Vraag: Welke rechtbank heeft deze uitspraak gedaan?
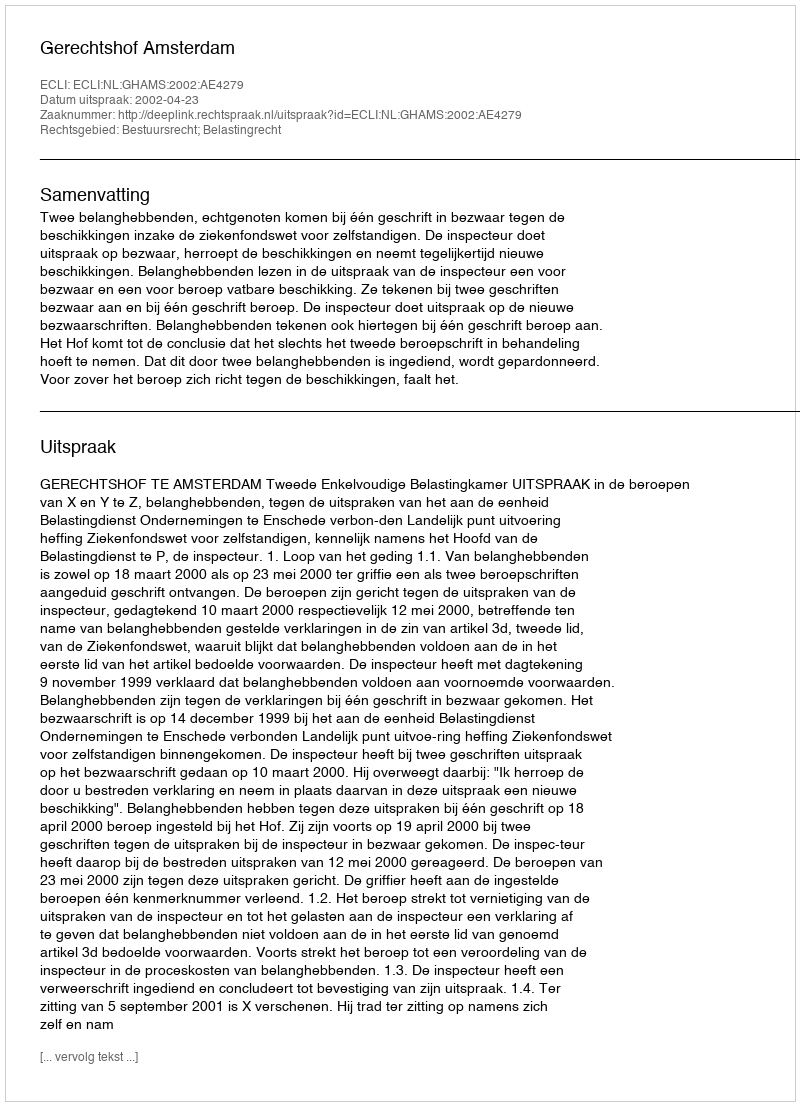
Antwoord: Gerechtshof Amsterdam